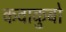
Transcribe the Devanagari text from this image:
कवाकुबो